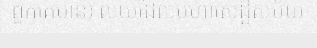
ពួកគេមាន) លុយដែលមហាសេដ្ឋីសម័យ